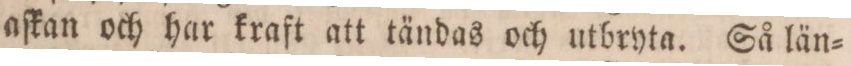
aſkan och har kraft att tändas och utbryta. Så län=